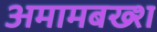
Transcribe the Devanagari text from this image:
अमामबख्श